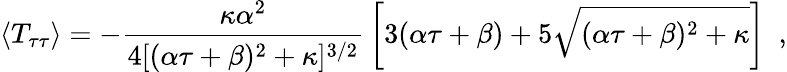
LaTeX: \langle T_{\tau\tau}\rangle=-{\frac{\kappa\alpha^{2}}{4[(\alpha\tau+\beta)^{2}+\kappa]^{3/2}}}\left[3(\alpha\tau+\beta)+5\sqrt{(\alpha\tau+\beta)^{2}+\kappa}\right]\ \ ,